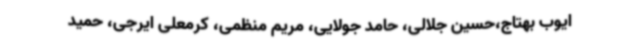
ایوب بهتاج،حسین جلالی، حامد جولایی، مریم منظمی، کرمعلی ایرجی، حمید